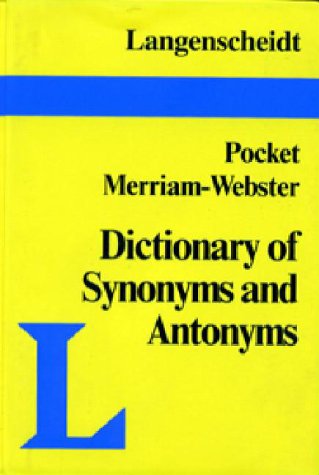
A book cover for Pocket Guide to Synonyms and Antonyms (Langenscheidt English Language Reference); Langenscheidt Publishers; Reference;